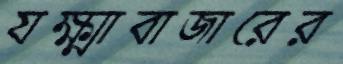
যক্ষ্মাবাজারের